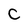
Character: C